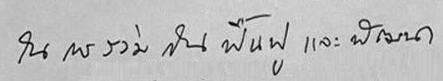
ในการร่วมกันฟื้นฟู และพัฒนา